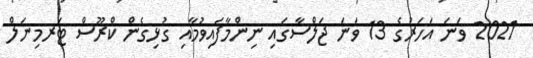
2021 ވަނަ އަހަރުގެ 13 ވަނަ ޖަލްސާގައި ނިންމާފައިވުމާއި ގުޅިގެން ކްރޫސް ޓަރމިނަލް